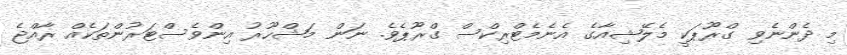
މި ދެންނެވި ގްރޫޕަކީ މެލޭޝިއާގެ އެނެމެޓްރިކްސް ގްރޫޕެވެ. ނަން މަޝްހޫރު އިންވެސްޓަރުންތަކެއް ރާއްޖެ